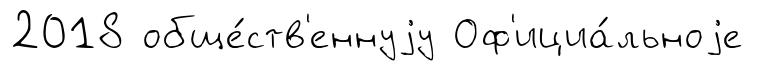
2018 обще́ств'еннуjу Оф'ициа́льноjе